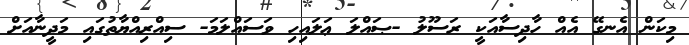
މިކަން އެނގޭ އެއް ހާދިސާއަކީ ރަސޫލު -ޞައްލަ ޢަލައިހި ވަސައްލަމަ- ސިއްރިއްޔާތުގައި މަދީނާއަށް